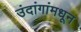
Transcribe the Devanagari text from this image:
उंदांगांमधून